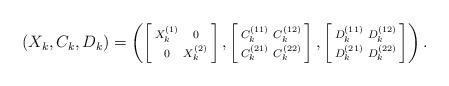
LaTeX: \begin{align*}(X_k, C_k, D_k) = \left( \left[ \begin{smallmatrix} X_k^{(1)} & 0 \\ 0 & X_k^{(2)} \end{smallmatrix} \right], \left[ \begin{smallmatrix} C_k^{(11)} & C_k^{(12)} \\ C_k^{(21)} & C_k^{(22)} \end{smallmatrix} \right], \left[ \begin{smallmatrix} D_k^{(11)} & D_k^{(12)} \\ D_k^{(21)} & D_k^{(22)} \end{smallmatrix} \right] \right).\end{align*}